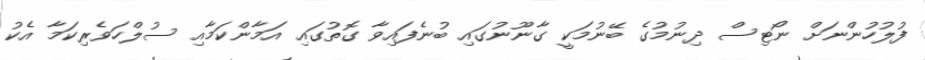
ފުލުހުންނަށް ނޯޓިސް ދިނުމުގެ ބޭނުމަކީ ގާނޫނުގައި ބުނެފައިވާ ގޮތުގައި އަމާންކަމާއި ސުލްހަވެރިކަމާ އެކު